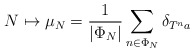
\begin{align*}N \mapsto \mu_N=\frac{1}{|\Phi_N|}\sum_{n\in\Phi_N} \delta_{T^n a}\end{align*}